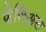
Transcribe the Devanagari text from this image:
फेसिअल